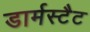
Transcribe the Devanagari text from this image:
डार्मस्टैट